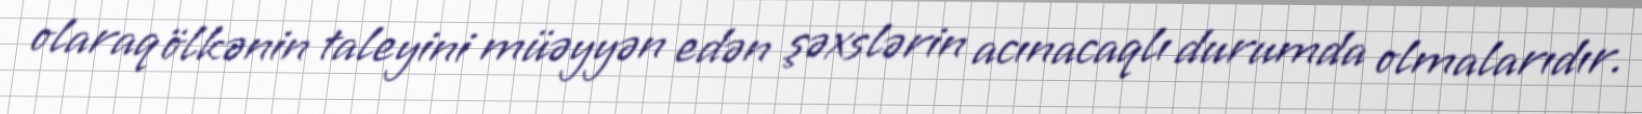
olaraq ölkənin taleyini müəyyən edən şəxslərin acınacaqlı durumda olmalarıdır.